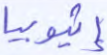
إثيوبيا